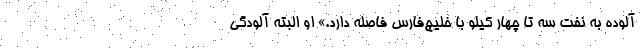
آلوده به نفت سه تا چهار کیلو با خلیج‌فارس فاصله دارد.» او البته آلودگی